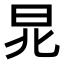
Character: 𣅬